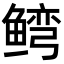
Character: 𬶥